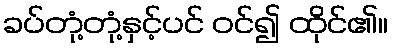
ခပ်တုံ့တုံ့နှင့်ပင် ဝင်၍ ထိုင်၏။